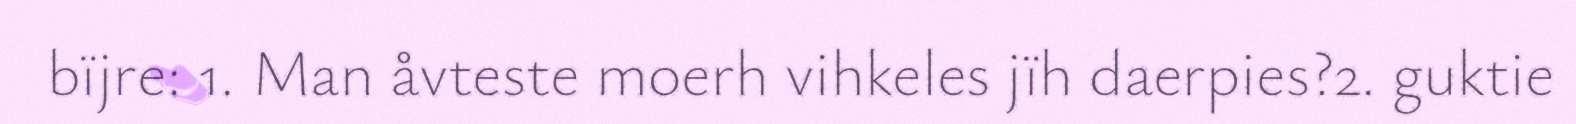
bïjre: 1. Man åvteste moerh vihkeles jïh daerpies?2. guktie